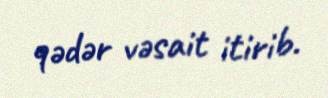
qədər vəsait itirib.